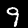
Digit: 9